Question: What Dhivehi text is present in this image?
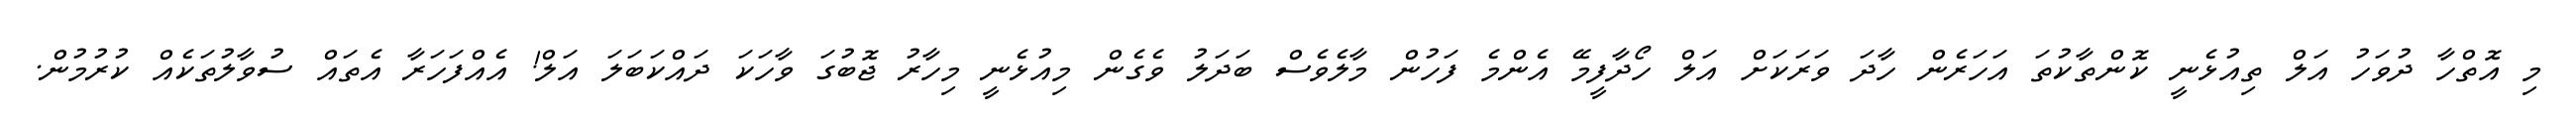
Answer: މި އޮތްހާ ދުވަހު އަލް ތިއުޅެނީ ކޮންތާކުތަ އަހަރެން ހާދަ ވަރަކަށް އަލް ހޯދާފީމޭ އެންމެ ފަހުން މާލެވެސް ބަދަލު ވެގެން މިއުޅެނީ މިހާރު ޖޮބުގަ ވާހަކަ ދައްކަބަލަ އަލް! އެއްފަހަރާ އެތައް ސުވާލުތަކެއް ކުރުމުން.